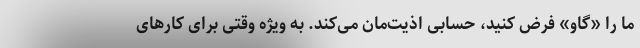
ما را «گاو» فرض کنید، حسابی اذیت‌مان می‌کند. به ویژه وقتی برای کارهای